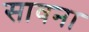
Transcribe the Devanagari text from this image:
सावना